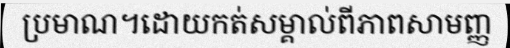
ប្រមាណ។ដោយកត់សម្គាល់ពីភាពសាមញ្ញ